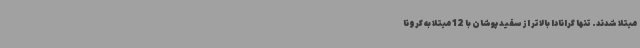
مبتلا شدند. تنها گرانادا بالاتر از سفیدپوشان با 12 مبتلا به کرونا